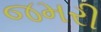
જમરી